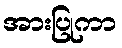
အားပြုကာ